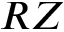
R Z